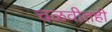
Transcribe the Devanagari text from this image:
चळवीतही